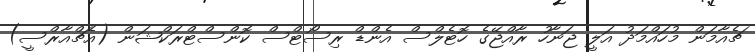
ޗެއާމަން މުހައްމަދު އަލީ ޖަނާހު ރާއްޖޭގެ ހޮޓެލްސް އެންޑް ރިސޯޓްސް ކޮންސްޓްރަކްޝަން (އެޗްއާރްސީ)